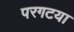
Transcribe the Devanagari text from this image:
परगटया